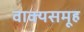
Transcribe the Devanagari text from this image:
वाक्यसमूह